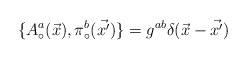
\begin{align*}\{A_{\circ}^{a}(\vec{x}), \pi_{\circ}^{b}(\vec{x'})\} =g^{ab}\delta(\vec{x}-\vec{x'})\end{align*}